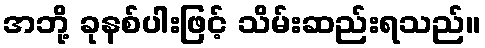
အဘို့ ခုနစ်ပါးဖြင့် သိမ်းဆည်းရသည်။